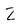
Character: Z